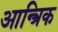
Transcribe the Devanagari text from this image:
आन्त्रिक